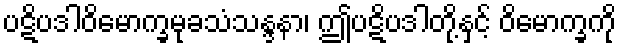
ပဋိပဒါဝိမောက္ခမုခသံသန္ဒနာ၊ ဤပဋိပဒါတို့နှင့် ဝိမောက္ခကို